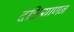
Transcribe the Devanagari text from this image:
दक्षियाणन